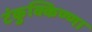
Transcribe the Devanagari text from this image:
टंकुक्किण्णा